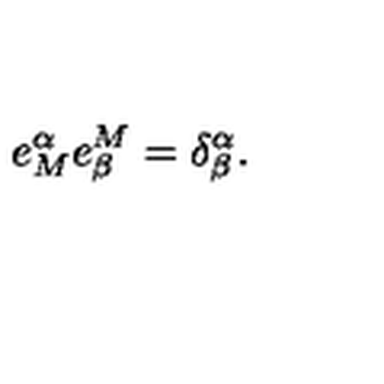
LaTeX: e _ { M } ^ { \alpha } e _ { \beta } ^ { M } = \delta _ { \beta } ^ { \alpha } .